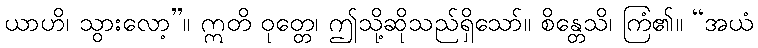
ယာဟိ၊ သွားလော့”။ ဣတိ ဝုတ္တေ၊ ဤသို့ဆိုသည်ရှိသော်။ စိန္တေသိ၊ ကြံ၏။ “အယံ